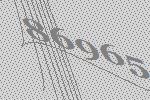
86965